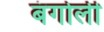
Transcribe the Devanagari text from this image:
बंगोली